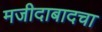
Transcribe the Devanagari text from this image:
मजीदाबादचा